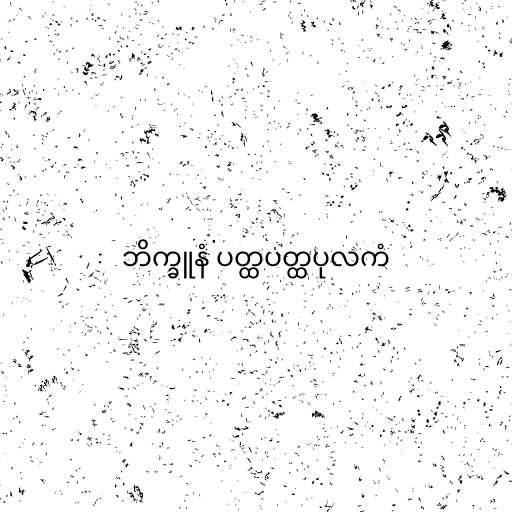
ဘိက္ခူနံ ပတ္ထပတ္ထပုလကံ